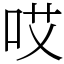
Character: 哎